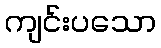
ကျင်းပသော